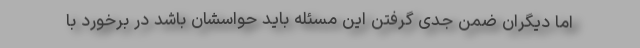
اما دیگران ضمن جدی گرفتن این مسئله باید حواسشان باشد در برخورد با